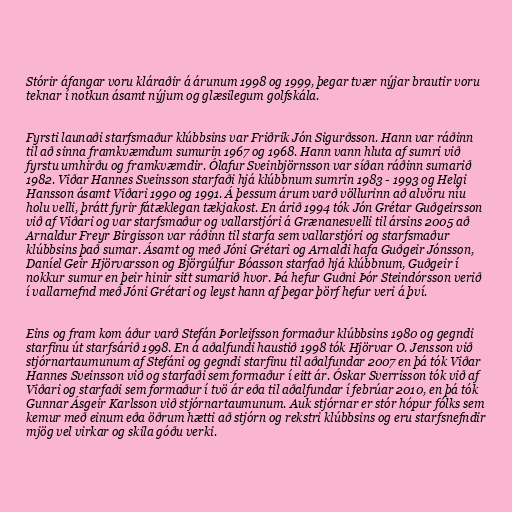
Stórir áfangar voru kláraðir á árunum 1998 og 1999, þegar tvær nýjar brautir voru
teknar í notkun ásamt nýjum og glæsilegum golfskála.

Fyrsti launaði starfsmaður klúbbsins var Friðrik Jón Sigurðsson. Hann var ráðinn
til að sinna framkvæmdum sumurin 1967 og 1968. Hann vann hluta af sumri við
fyrstu umhirðu og framkvæmdir. Ólafur Sveinbjörnsson var síðan ráðinn sumarið
1982. Viðar Hannes Sveinsson starfaði hjá klúbbnum sumrin 1983 - 1993 og Helgi
Hansson ásamt Viðari 1990 og 1991. Á þessum árum varð völlurinn að alvöru níu
holu velli, þrátt fyrir fátæklegan tækjakost. En árið 1994 tók Jón Grétar Guðgeirsson
við af Viðari og var starfsmaður og vallarstjóri á Grænanesvelli til ársins 2005 að
Arnaldur Freyr Birgisson var ráðinn til starfa sem vallarstjóri og starfsmaður
klúbbsins það sumar. Ásamt og með Jóni Grétari og Arnaldi hafa Guðgeir Jónsson,
Daníel Geir Hjörvarsson og Björgúlfur Bóasson starfað hjá klúbbnum, Guðgeir í
nokkur sumur en þeir hinir sitt sumarið hvor. Þá hefur Guðni Þór Steindórsson verið
í vallarnefnd með Jóni Grétari og leyst hann af þegar þörf hefur veri á því.

Eins og fram kom áður varð Stefán Þorleifsson formaður klúbbsins 1980 og gegndi
starfinu út starfsárið 1998. En á aðalfundi haustið 1998 tók Hjörvar O. Jensson við
stjórnartaumunum af Stefáni og gegndi starfinu til aðalfundar 2007 en þá tók Viðar
Hannes Sveinsson við og starfaði sem formaður í eitt ár. Óskar Sverrisson tók við af
Viðari og starfaði sem formaður í tvö ár eða til aðalfundar í febrúar 2010, en þá tók
Gunnar Ásgeir Karlsson við stjórnartaumunum. Auk stjórnar er stór hópur fólks sem
kemur með einum eða öðrum hætti að stjórn og rekstri klúbbsins og eru starfsnefndir
mjög vel virkar og skila góðu verki.